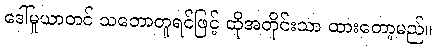
ဒေါ်မူယာတင် သဘောတူရင်ဖြင့် ထိုအတိုင်းသာ ထားတော့မည်။